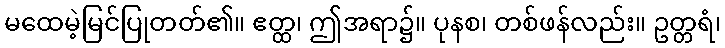
မထေမဲ့မြင်ပြုတတ်၏။ ဧတ္ထ၊ ဤအရာ၌။ ပုနစ၊ တစ်ဖန်လည်း။ ဥတ္တရံ၊